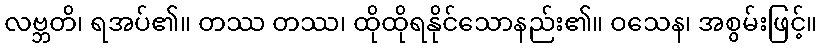
လဗ္ဘတိ၊ ရအပ်၏။ တဿ တဿ၊ ထိုထိုရနိုင်သောနည်း၏။ ဝသေန၊ အစွမ်းဖြင့်။